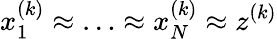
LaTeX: x_{1}^{(k)}\approx\ldots\approx x_{N}^{(k)}\approx z^{(k)}